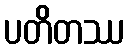
ပတိတဿ